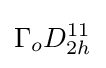
\Gamma _{o}D_{2h}^{11}